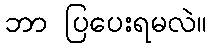
ဘာ ပြပေးရမလဲ။